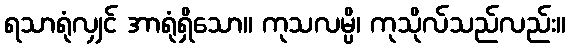
ရသာရုံလျှင် အာရုံရှိသော။ ကုသလမ္ပိ၊ ကုသိုလ်သည်လည်း။